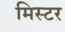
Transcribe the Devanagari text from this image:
मिस्‍टर